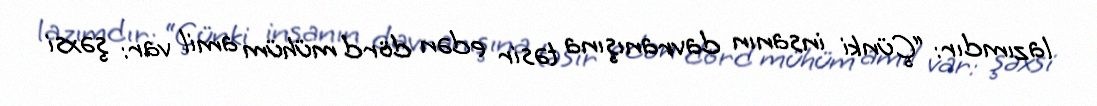
lazımdır: “Çünki insanın davranışına təsir edən dörd mühüm amil var: şəxsi